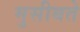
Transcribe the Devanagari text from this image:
मुसीबते